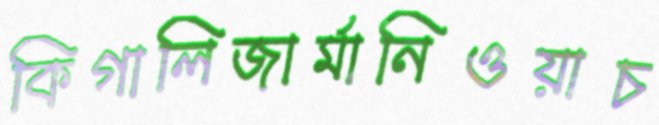
কিগালিজার্মানিওয়াচ